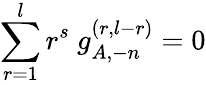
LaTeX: \sum_{r=1}^{l}r^{s}~g_{A,-n}^{(r,l-r)}=0